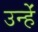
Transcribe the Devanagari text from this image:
उन्हेंं